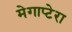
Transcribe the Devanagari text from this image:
मेगाप्टेरा